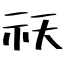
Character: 祆